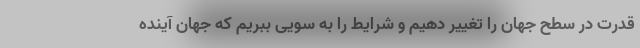
قدرت در سطح جهان را تغییر دهیم و شرایط را به سویی ببریم که جهان آینده